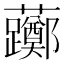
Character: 𫊛